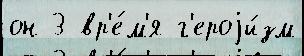
он 3 вр'е́м'я г'ероjи́зм